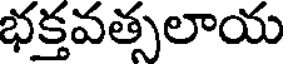
భక్తవత్సలాయ